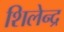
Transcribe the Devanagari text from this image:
शिलेन्द्र